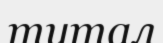
тутал